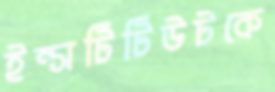
ইন্সটিটিউটকে